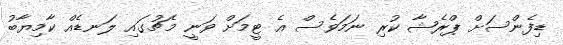
ޑިފެންސަށް ޕްރެޝާ ކުރި ނަމަވެސް އެ ޓީމަށް ވަނީ މެޗުގައި ލަނޑެއް ކާމިޔާބު